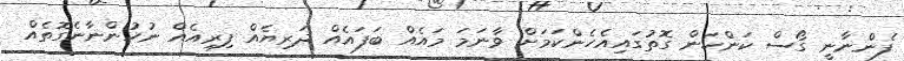
ފެންނާނީ ގޯސް ކަންކަން ގޮތުގައިއެހެންކަމަށް ވާނަމަ މައެއް ބަފައެއް ދަރިޔެއް ފިރިއެއް ނުހުންނާނެގޮތެއް